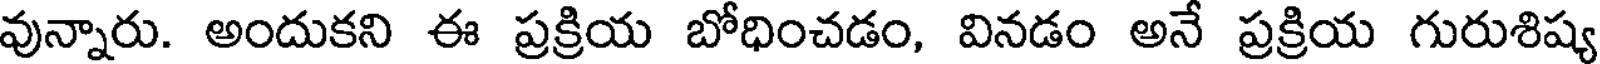
వున్నారు. అందుకని ఈ ప్రక్రియ బోధించడం, వినడం అనే ప్రక్రియ గురుశిష్య